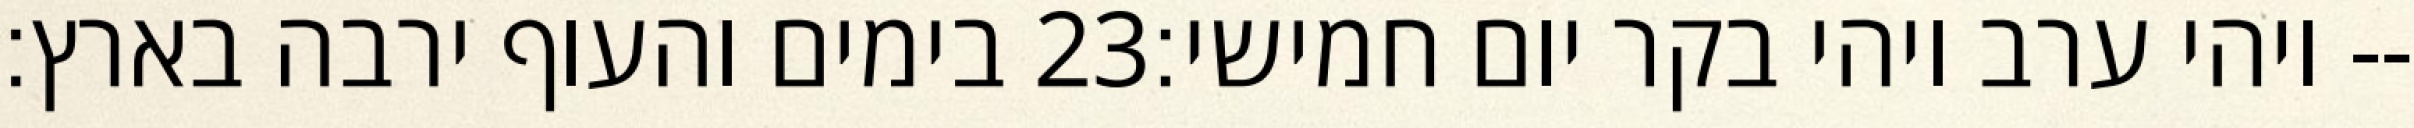
בימים והעוף ירבה בארץ׃ ‎23‏ ויהי ערב ויהי בקר יום חמישי׃--